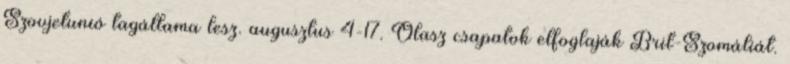
Szovjetunió tagállama lesz. augusztus 4-17. Olasz csapatok elfoglaják Brit-Szomáliát.